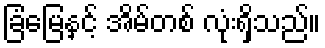
ခြံမြေနှင့် အိမ်တစ် လုံးရှိသည်။